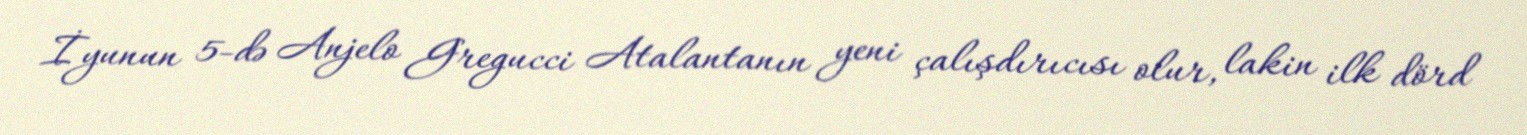
İyunun 5-də Anjelo Gregucci Atalantanın yeni çalışdırıcısı olur, lakin ilk dörd